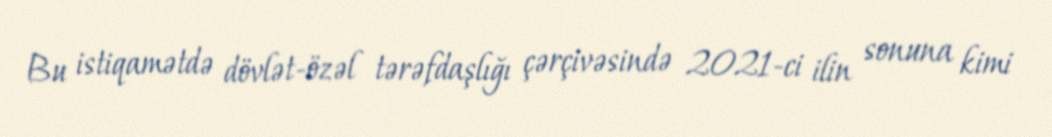
Bu istiqamətdə dövlət-özəl tərəfdaşlığı çərçivəsində 2021-ci ilin sonuna kimi